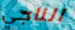
الناجي